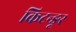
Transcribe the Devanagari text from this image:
किटन्ङूर